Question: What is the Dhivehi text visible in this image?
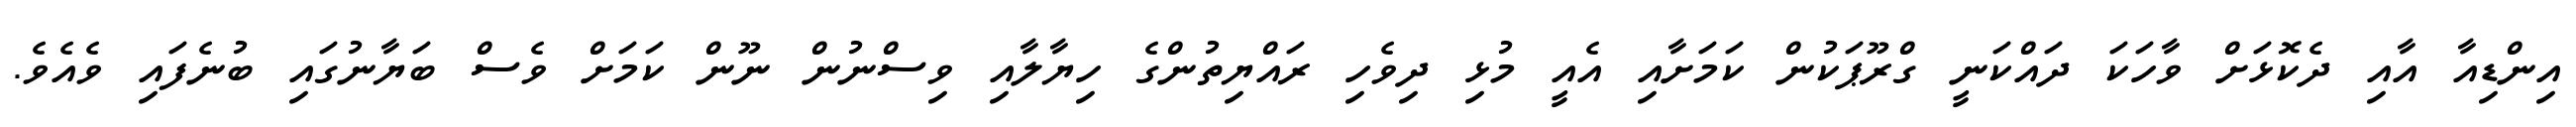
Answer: އިންޑިއާ އާއި ދެކޮޅަށް ވާހަކަ ދައްކަނީ ގްރޫޕަކުން ކަމަށާއި އެއީ މުޅި ދިވެހި ރައްޔިތުންގެ ހިޔާލާއި ވިސްނުން ނޫން ކަމަށް ވެސް ބަޔާނުގައި ބުނެފައި ވެއެވެ.